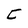
Character: C